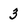
Character: 3